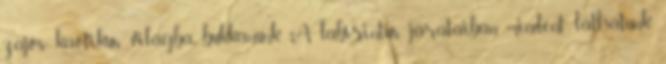
zajos, kaotikus világba bukkanunk. A labirintus járataiban mindent láthatunk,